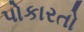
પોકારતો